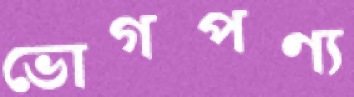
ভোগপণ্য